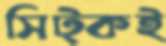
সিট্‌কই